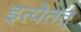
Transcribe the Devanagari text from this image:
इत्येतत्